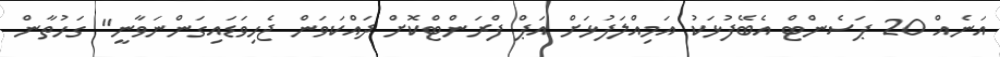
އަނެއް 20 ޕަސެންޓް އެބޭފުޅަކު އަމިއްލަފުޅަށް އަޕް ފްރަންޓްކޮށް ދައްކަވަން ޖެހިވަޑައިގަންނަވާނީ" ގަހުތާން